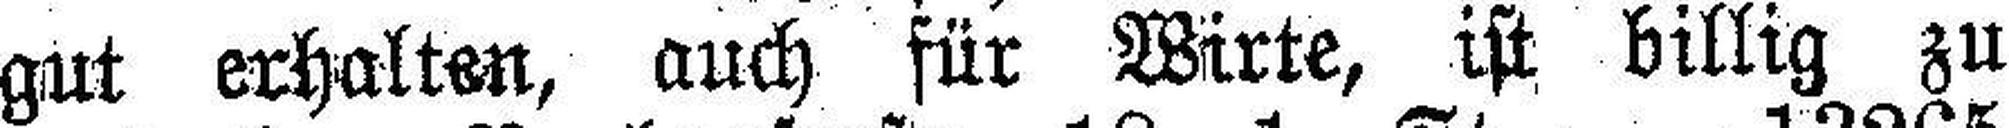
gut erhalten, auch für Wirte, ist billig zu